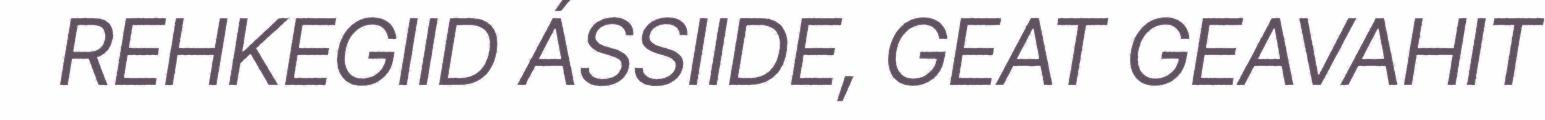
REHKEGIID ÁSSIIDE, GEAT GEAVAHIT